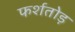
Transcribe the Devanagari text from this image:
फर्शतोड़